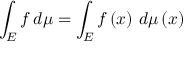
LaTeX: \int _ { E } f \, d \mu = \int _ { E } f \left( x \right) \, d \mu \left( x \right)